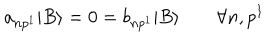
LaTeX: a _ { n p ^ { 1 } } | B \rangle = 0 = b _ { n p ^ { 1 } } | B \rangle \qquad \forall n , p ^ { 1 }